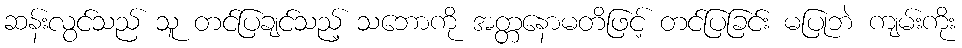
ဆန်းလွင်သည် သူ တင်ပြချင်သည့် သဘောကို အတ္တနောမတိဖြင့် တင်ပြခြင်း မပြုဘဲ ကျမ်းကိုး